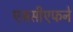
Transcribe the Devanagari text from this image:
एससीएफने